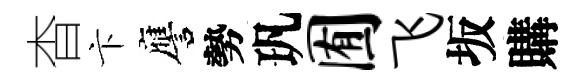
杳卞譍勢㺬囿飞坂購